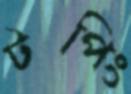
টপিং